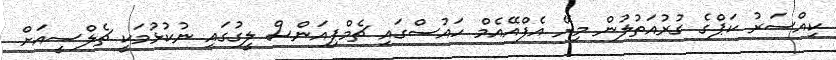
ކިއްސަރު ކަޕްގެ ގުރުއަތުލުން މިރޭ އެފްއޭއެމް ހައުސްގައި ޗެމްޕިއަންސް ލީގުގައި ނުކުޅުމަކީ ޗެލްސީއަށް